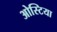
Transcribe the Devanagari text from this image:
ओस्टिया